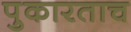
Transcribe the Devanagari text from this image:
पुकारताच